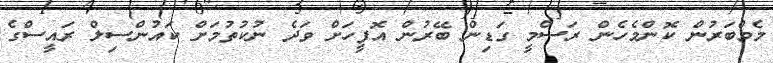
މެމްބަރުން ކޮންމެހެން ރަސްމީ ގަޑިން ބޭރުން އޮފީހަށް ވަދެ ނުކުތުމަށް ކައުންސިލް ރައީސްގެ